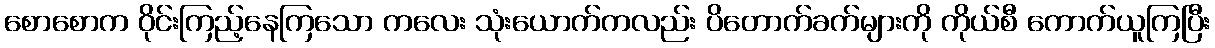
စောစောက ဝိုင်းကြည့်နေကြသော ကလေး သုံးယောက်ကလည်း ပိတောက်ခက်များကို ကိုယ်စီ ကောက်ယူကြပြီး